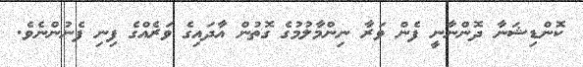
ކޮންޑިޝަނާ ދޮންނާނީ ފެން ވަރާ ނިންމާލުމުގެ ގޮތުން އާދައިގެ ވަރެއްގެ ފިނި ފެނުންނެވެ.